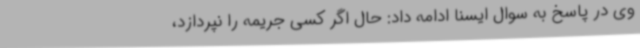
وی در پاسخ به سوال ایسنا ادامه داد: حال اگر کسی جریمه را نپردازد،